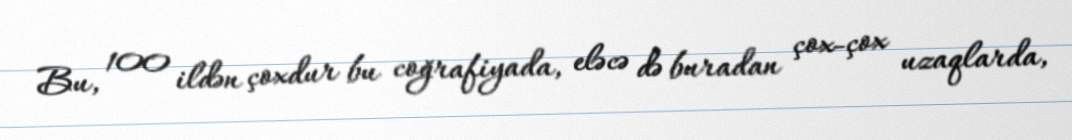
Bu, 100 ildən çoxdur bu coğrafiyada, eləcə də buradan çox-çox uzaqlarda,